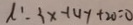
\lambda : 3 x - 1 4 y + 2 0 = 0